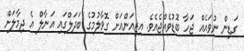
ގަޑިން ނުވައެއް ޖަހާ ބޮޑުވެއްޖެއެވެ. އިޒިއަންއަށް ގޮވާލުމުގެ ބަދަލްގައި އަނާލް އެ ދިމާލަށް